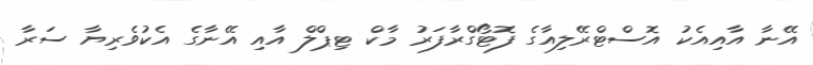
އޭނާ އާއިއެކު އޮސްޓްރޭލިއާގެ ފޮޓޯގްރާފަރު މާކް ޓިޕްލް އާއި އޭނާގެ އެކުވެރިޔާ ސަރާ